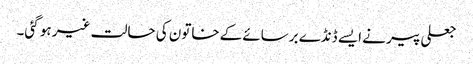
جعلی پیر نے ایسے ڈنڈے برسائےکے خاتون کی حالت غیر ہو گئی۔